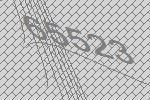
65523